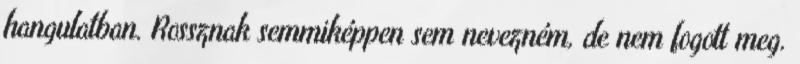
hangulatban. Rossznak semmiképpen sem nevezném, de nem fogott meg.